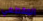
المقطعي